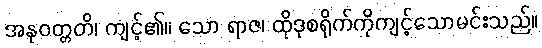
အနုဝတ္တတိ၊ ကျင့်၏။ သော ရာဇ၊ ထိုဒုစရိုက်ကိုကျင့်သောမင်းသည်။